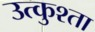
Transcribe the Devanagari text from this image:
उत्कुश्ता